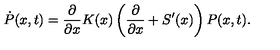
\dot { P } ( x , t ) = \frac { \partial } { \partial x } K ( x ) \left( \frac { \partial } { \partial x } + S ^ { \prime } ( x ) \right) P ( x , t ) .